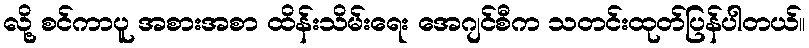
လို့ စင်ကာပူ အစားအစာ ထိန်းသိမ်းရေး အေဂျင်စီက သတင်းထုတ်ပြန်ပါတယ်။